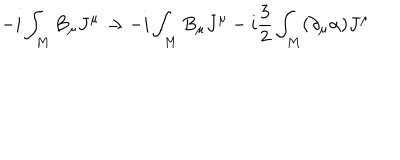
- i \int _ { M } B _ { \mu } J ^ { \mu } \rightarrow - i \int _ { M } B _ { \mu } J ^ { \mu } - i \frac { 3 } { 2 } \int _ { M } ( \partial _ { \mu } \alpha ) J ^ { \mu }